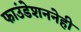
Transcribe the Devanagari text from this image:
फाउंडेशननेही